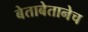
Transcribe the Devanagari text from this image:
बेताबेतानेच